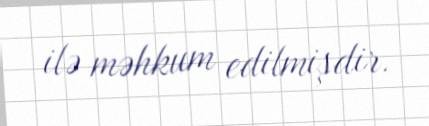
ilə məhkum edilmişdir.